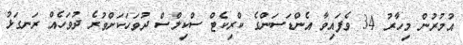
އުމުރުން މިހާރު 34 ވެފައިވާ އެންޑަސަންގެ ކްރިކެޓް ސްކިލްސް ދުވަހަކަށްވުރެ ދުވަހެއް ރަނގަޅު